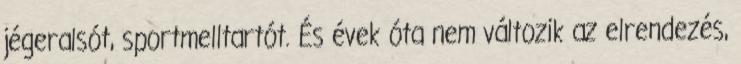
jégeralsót, sportmelltartót. És évek óta nem változik az elrendezés,